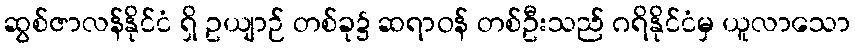
ဆွစ်ဇာလန်နိုင်ငံ ရှိ ဥယျာဉ် တစ်ခု၌ ဆရာဝန် တစ်ဦးသည် ဂရိနိုင်ငံမှ ယူလာသော